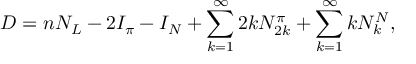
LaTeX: D = n N _ { L } - 2 I _ { \pi } - I _ { N } + \sum _ { k = 1 } ^ { \infty } 2 k N _ { 2 k } ^ { \pi } + \sum _ { k = 1 } ^ { \infty } k N _ { k } ^ { N } ,